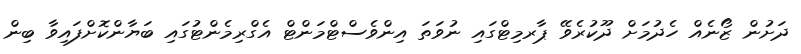
ދަށުން ޒޯނެއް ހެދުމަށް ދޫކުރެވޭ ޕާރމިޓްގައި ނުވަތަ އިންވެސްޓްމަންޓް އެގްރިމެންޓުގައި ބަޔާންކޮށްފައިވާ ބިން